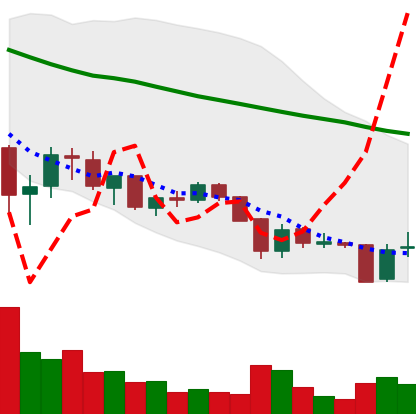
Ticker: XRP-USD
Chart end date: 2018-05-30
Forward return: 9.179%
Label: up_7plus